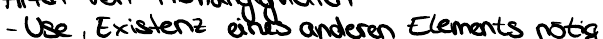
- Use, Existenz eines anderen Elements nötig